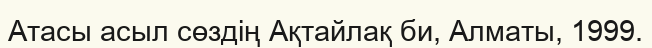
Атасы асыл сөздің Ақтайлақ би, Алматы, 1999.